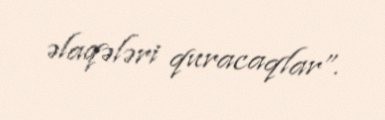
əlaqələri quracaqlar”.